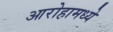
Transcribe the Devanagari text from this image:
आरोहामध्ये